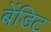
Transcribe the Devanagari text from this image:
बेंडिट